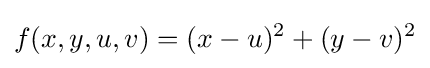
f(x,y,u,v)=(x-u)^{2}+(y-v)^{2}